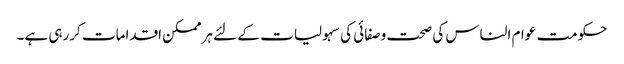
حکومت عوام الناس کی صحت وصفائی کی سہولیات کے لئے ہرممکن اقدامات کررہی ہے۔